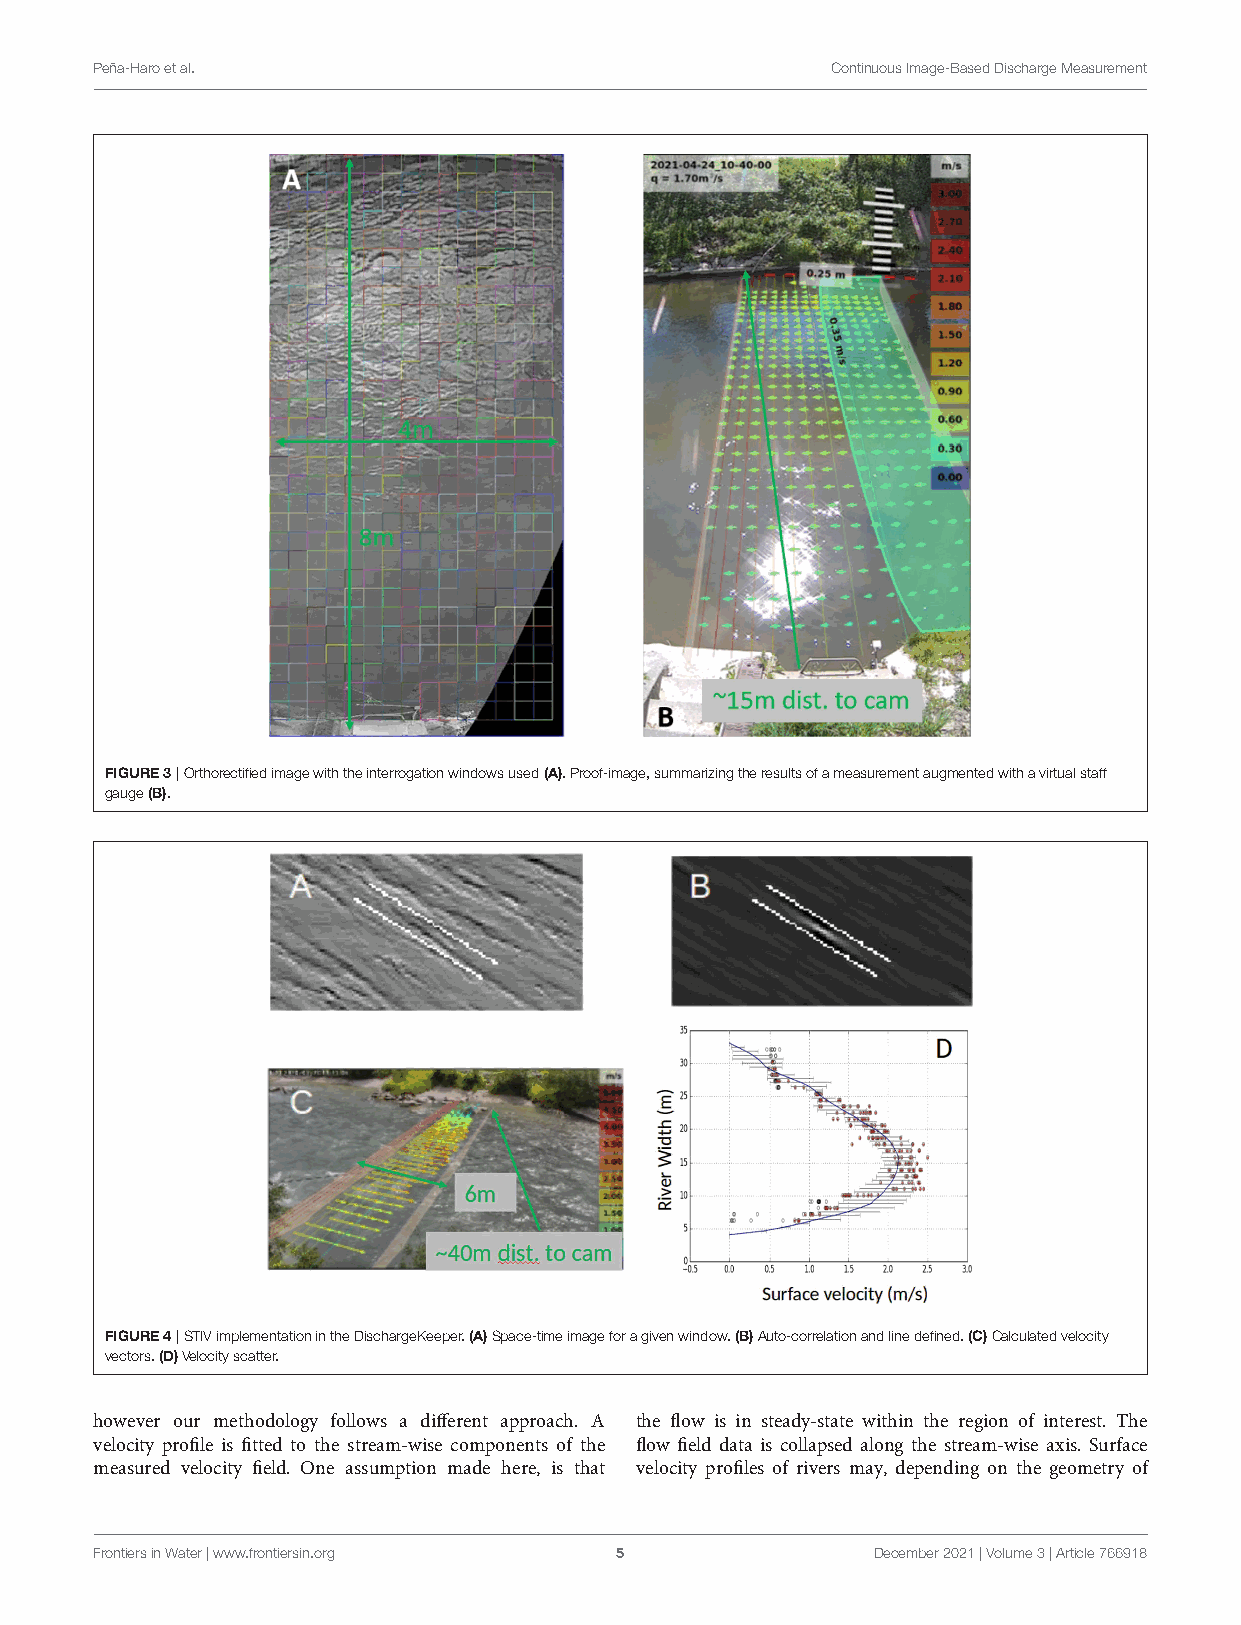
Peña-Haroetal.                                   ContinuousImage-BasedDischargeMeasurement
 FIGURE3|Orthorectifiedimagewiththeinterrogationwindowsused(A).Proof-image,summarizingtheresultsofameasurementaugmentedwithavirtualstaff
 gauge(B).
 FIGURE4|STIVimplementationintheDischargeKeeper.(A)Space-timeimageforagivenwindow.(B)Auto-correlationandlinedefined.(C)Calculatedvelocity
 vectors.(D)Velocityscatter.
 however our methodology follows a different approach. A the flow is in steady-state within the region of interest. The
 velocity profile is fitted to the stream-wise components of the flow field data is collapsed along the stream-wise axis. Surface
 measured velocity field. One assumption made here, is that velocity profiles of rivers may, depending on the geometry of
 FrontiersinWater|www.frontiersin.org 5              December2021|Volume3|Article766918